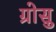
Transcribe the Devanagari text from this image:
ग्रोसु